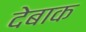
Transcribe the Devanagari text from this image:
देबाक